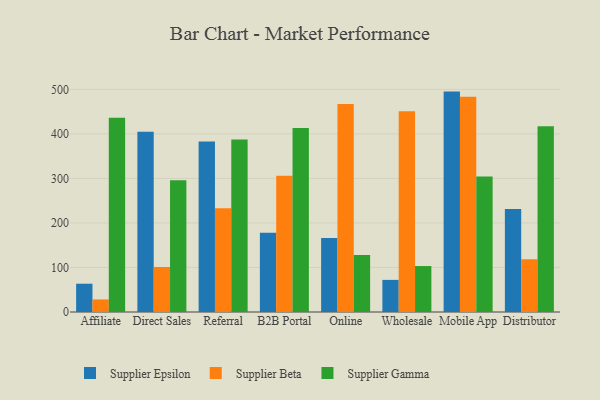
{"axis": {"x": "Channel", "y": "Satisfaction Score"}, "legend": ["Supplier Beta", "Supplier Epsilon", "Supplier Gamma"], "data": [{"x": "Affiliate", "y": 63.5, "type": "Supplier Epsilon"}, {"x": "Affiliate", "y": 28.2, "type": "Supplier Beta"}, {"x": "Affiliate", "y": 436.4, "type": "Supplier Gamma"}, {"x": "Direct Sales", "y": 404.6, "type": "Supplier Epsilon"}, {"x": "Direct Sales", "y": 101.1, "type": "Supplier Beta"}, {"x": "Direct Sales", "y": 296.1, "type": "Supplier Gamma"}, {"x": "Referral", "y": 383.1, "type": "Supplier Epsilon"}, {"x": "Referral", "y": 232.7, "type": "Supplier Beta"}, {"x": "Referral", "y": 387.5, "type": "Supplier Gamma"}, {"x": "B2B Portal", "y": 177.8, "type": "Supplier Epsilon"}, {"x": "B2B Portal", "y": 306.0, "type": "Supplier Beta"}, {"x": "B2B Portal", "y": 413.2, "type": "Supplier Gamma"}, {"x": "Online", "y": 166.2, "type": "Supplier Epsilon"}, {"x": "Online", "y": 467.2, "type": "Supplier Beta"}, {"x": "Online", "y": 128.2, "type": "Supplier Gamma"}, {"x": "Wholesale", "y": 72.1, "type": "Supplier Epsilon"}, {"x": "Wholesale", "y": 451.0, "type": "Supplier Beta"}, {"x": "Wholesale", "y": 103.2, "type": "Supplier Gamma"}, {"x": "Mobile App", "y": 494.9, "type": "Supplier Epsilon"}, {"x": "Mobile App", "y": 483.5, "type": "Supplier Beta"}, {"x": "Mobile App", "y": 304.1, "type": "Supplier Gamma"}, {"x": "Distributor", "y": 231.5, "type": "Supplier Epsilon"}, {"x": "Distributor", "y": 118.5, "type": "Supplier Beta"}, {"x": "Distributor", "y": 417.2, "type": "Supplier Gamma"}]}